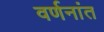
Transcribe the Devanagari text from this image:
वर्णनांत